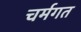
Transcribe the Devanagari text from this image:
चर्मगत